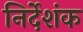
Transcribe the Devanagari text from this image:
निर्देशंक